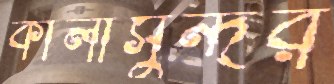
কালীসুন্দর